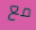
مع